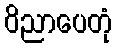
ဝိညာပေတုံ